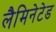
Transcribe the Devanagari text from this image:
लैमिनेटेड